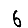
Digit: 6